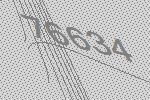
76634